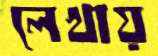
লেখায়